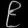
Digit: ၉